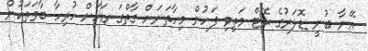
އޭނާ ބުނީ ޑޮލަރުގެ ރޭޓް މަތިވި ފަހުން މިހާތަނަށް ގާތްގަނޑަކަށް ހުރިހާ ބާވަތަކުން